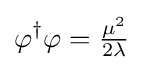
\varphi ^{\dagger }\varphi ={\tfrac {\mu ^{2}}{2\lambda }}